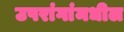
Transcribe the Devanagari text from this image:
उपरांगांमधील